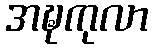
အဍ္ဎကုလာ